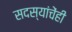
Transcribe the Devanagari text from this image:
सदस्यांचेंही